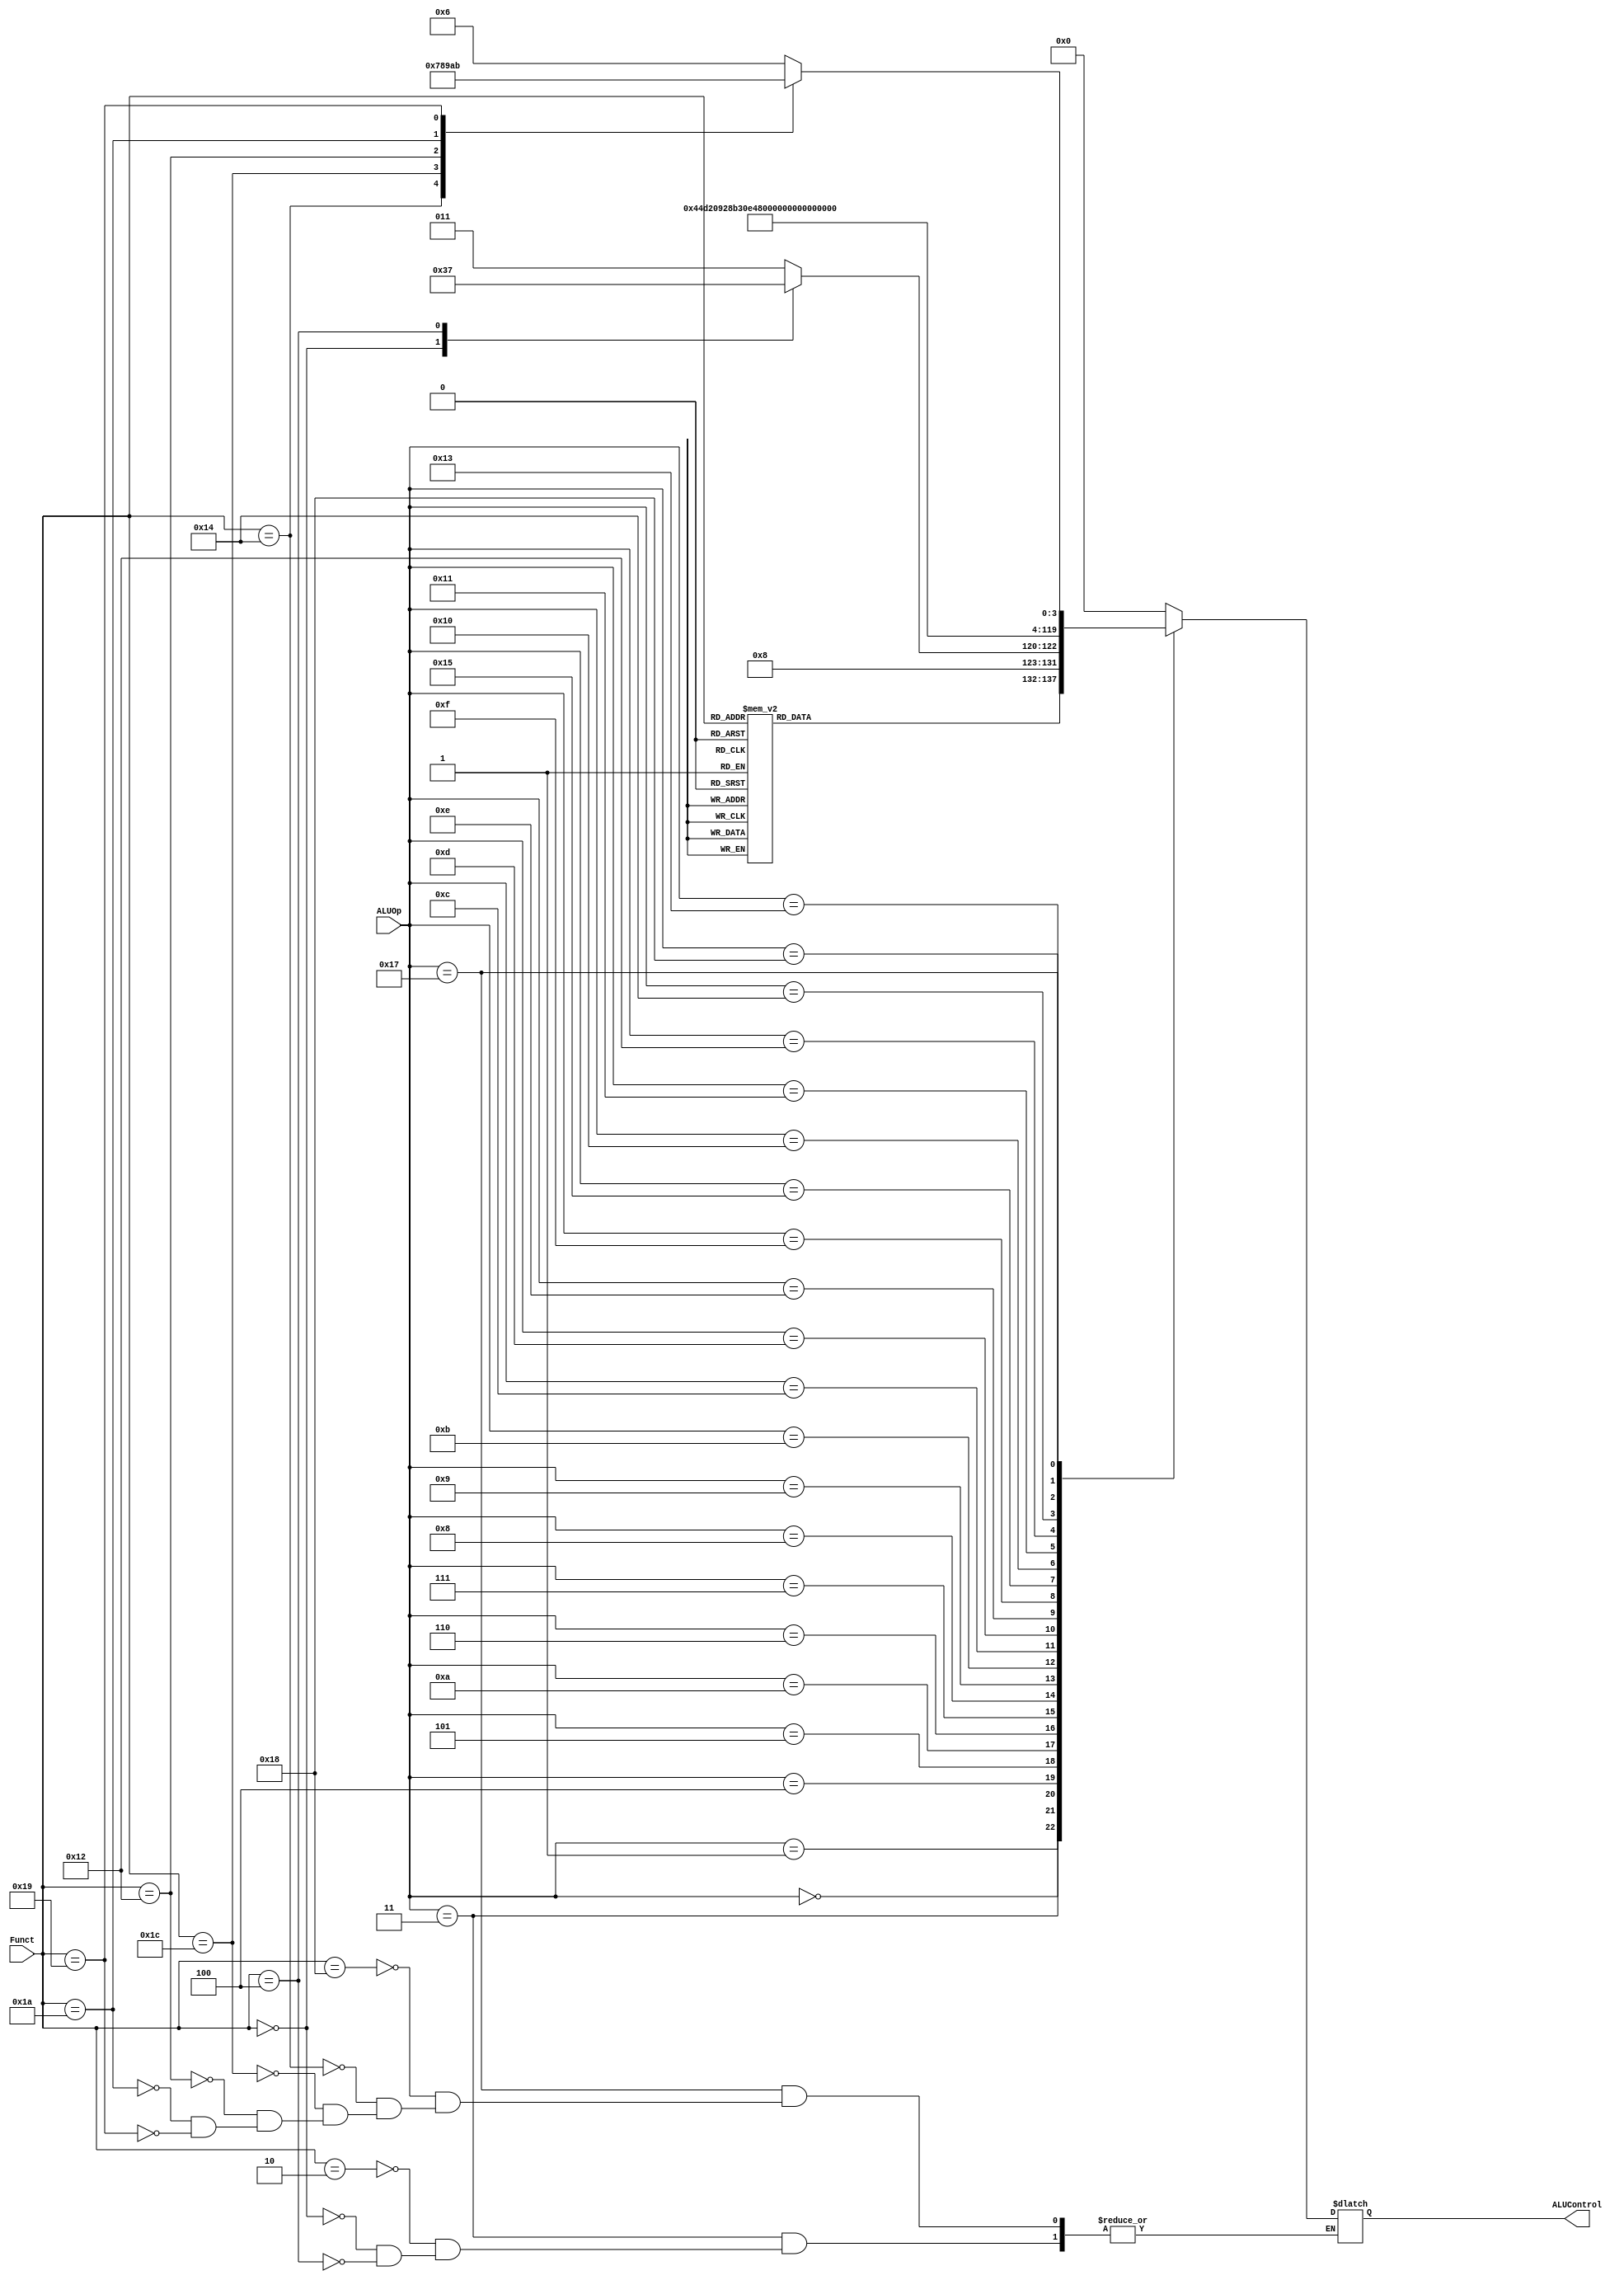
`timescale 1ns / 1ps

////////////////////////////////////////////////////////////////////////////////
// ECE369 - Computer Architecture
// 
// Group Members    : Diego Moscoso, Fausto Sanchez, Jake Summerville
// Percent Effort   : 33.3% - 33.3% - 33.3%
//
// Module           : ALUController.v
// Description      : This file analyzes the ALUOp code from the controller
//                    and sends the corresponding ALUControl code to the ALU
////////////////////////////////////////////////////////////////////////////////

module ALUController(Funct, ALUOp, ALUControl);
         
    input [5:0] ALUOp;    // ALUOp From the Controller         
    input [5:0] Funct;    // Funct code from the instruction
    
    output reg [5:0] ALUControl;    // Control signal to ALU
    
    // OpCodes From ALU
    localparam [5:0] ALUOP_ZERO    = 6'd00,  // ZERO
                     ALUOP_ADDIU   = 6'd01,  // ADDIU
                     ALUOP_ADDI    = 6'd02,  // ADDI
                     ALUOP_MUL     = 6'd03,  // MUL, MADD, MSUB
                     ALUOP_LUI     = 6'd04,  // LUI
                     ALUOP_BLTZ    = 6'd05,  // BLTZ
                     ALUOP_BEQ     = 6'd06,  // BEQ
                     ALUOP_BNE     = 6'd07,  // BNE
                     ALUOP_BGTZ    = 6'd08,  // BGTZ
                     ALUOP_BLEZ    = 6'd09,  // BLEZ
                     ALUOP_BGEZ    = 6'd10,  // BGEZ
                     ALUOP_JUMP    = 6'd11,  // J, JAL, JR
                     ALUOP_ANDI    = 6'd12,  // ANDI
                     ALUOP_ORI     = 6'd13,  // ORI
                     ALUOP_XORI    = 6'd14,  // XORI
                     ALUOP_SEB     = 6'd15,  // SEB
                     ALUOP_SLTI    = 6'd16,  // SLTI
                     ALUOP_SLTIU   = 6'd17,  // SLTIU
                     ALUOP_SRL     = 6'd18,  // SRL
                     ALUOP_ROTR    = 6'd19,  // ROTR
                     ALUOP_SRLV    = 6'd20,  // SRLV
                     ALUOP_SEH     = 6'd21,  // SEH
                     ALUOP_ROTRV   = 6'd22,  // ROTRV
                     ALUOP_EXI     = 6'd23,  // EH, IH, DH, EB, IB, ABS
                     ALUOP_LA      = 6'd24;       // LA
                     
                        
    // Func Codes from Instruction       
    localparam [5:0] FUNC_ADD       =  6'b100000,   // ADD  
                     FUNC_ADDU      =  6'b100001,   // ADDU
                     FUNC_AND       =  6'b100100,   // AND 
                     FUNC_JR        =  6'b001000,   // JR  
                     FUNC_MADD      =  6'b000000,   // MADD 
                     FUNC_MFHI      =  6'b010000,   // MFHI 
                     FUNC_MFLO      =  6'b010010,   // MFLO 
                     FUNC_MOVN      =  6'b001011,   // MOVN 
                     FUNC_MOVZ      =  6'b001010,   // MOVZ  
                     FUNC_MSUB      =  6'b000100,   // MSUB 
                     FUNC_MTHI      =  6'b010001,   // MTHI 
                     FUNC_MTLO      =  6'b010011,   // MTLO
                     FUNC_MUL       =  6'b000010,   // MUL  
                     FUNC_MULT      =  6'b011000,   // MULT 
                     FUNC_MULTU     =  6'b011001,   // MULTU
                     FUNC_NOR       =  6'b100111,   // NOR 
                     FUNC_OR        =  6'b100101,   // OR 
                     FUNC_ROTR      =  6'b000010,   // ROTR
                     FUNC_ROTRV     =  6'b000110,   // ROTRV
                     FUNC_SEB       =  6'b100000,   // SEB, SEH 
                     FUNC_SLL       =  6'b000000,   // SLL  
                     FUNC_SLLV      =  6'b000100,   // SLLV 
                     FUNC_SLT       =  6'b101010,   // SLT 
                     FUNC_SLTU      =  6'b101011,   // SLTU    
                     FUNC_SRA       =  6'b000011,   // SRA  
                     FUNC_SRAV      =  6'b000111,   // SRAV 
                     FUNC_SRL       =  6'b000010,   // SRL 
                     FUNC_SRLV      =  6'b000110,   // SRLV 
                     FUNC_SUB       =  6'b100010,   // SUB  
                     FUNC_XOR       =  6'b100110,   // XOR  
                     FUNC_EH        =  6'b011000,   // EH
                     FUNC_IH        =  6'b010100,   // IH
                     FUNC_DH        =  6'b011100,   // DH
                     FUNC_EB        =  6'b010010,   // EB
                     FUNC_IB        =  6'b011010,   // IB
                     FUNC_ABS       =  6'b011001;   // ABS
                                              
     
    // ALUControl
    localparam [5:0] ADD    = 6'd00,   // ADD, ADDI      
                     ADDU   = 6'd01,   // ADDU, ADDIU     
                     SUB    = 6'd02,   // SUB      
                     MUL    = 6'd03,   // MUL  
                     MULT   = 6'd04,   // MULT 
                     MULTU  = 6'd05,   // MULTU
                     MADD   = 6'd06,   // MADD 
                     MSUB   = 6'd07,   // MSUB 
                     BGEZ   = 6'd08,   // BGEZ 
                     BEQ    = 6'd09,   // BEQ  
                     BNE    = 6'd10,   // BNE  
                     BGTZ   = 6'd11,   // BGTZ 
                     BLEZ   = 6'd12,   // BLEZ 
                     BLTZ   = 6'd13,   // BLTZ 
                     JUMP   = 6'd14,   // J, JAL, JR
                     SRAV   = 6'd15,   // SRAV
                     ROTRV  = 6'd16,   // ROTRV 
                     LUI    = 6'd17,   // LUI  
                     AND    = 6'd18,   // AND, ANDI 
                     OR     = 6'd19,   // OR, ORI
                     NOR    = 6'd20,   // NOR
                     XOR    = 6'd21,   // XOR, XORI 
                     SEH    = 6'd22,   // SEH 
                     SLL    = 6'd23,   // SLL 
                     SRL    = 6'd24,   // SRL 
                     MOVN   = 6'd25,   // MOVN
                     MOVZ   = 6'd26,   // MOVZ
                     ROTR   = 6'd27,   // ROTR, ROTRV
                     SRA    = 6'd28,   // SRA, SRAV
                     SEB    = 6'd29,   // SEB
                     SLT    = 6'd30,   // SLT, SLTI 
                     SLTU   = 6'd31,   // SLTU, SLTIU 
                     MTHI   = 6'd32,   // MTHI
                     MTLO   = 6'd33,   // MTLO
                     MFHI   = 6'd34,   // MFHI
                     MFLO   = 6'd35,   // MFLO
                     SLLV   = 6'd36,   // SLLV
                     SRLV   = 6'd37,   // SRLV
                     EH     = 6'd38,   // EH
                     IH     = 6'd39,   // IH
                     DH     = 6'd40,   // DH
                     EB     = 6'd41,   // EB
                     IB     = 6'd42,   // IB
                     ABS    = 6'd43,   // ABS
                     LA     = 6'd44;   // LA

    initial begin
        ALUControl <= 6'b000000;
    end
    
    always @(*) begin
        
        case(ALUOp)

            ALUOP_ZERO: begin 
                case(Funct)
                    FUNC_SLL  : ALUControl <= SLL;
                    FUNC_SRA  : ALUControl <= SRA;
                    FUNC_SLLV : ALUControl <= SLLV; 
                    FUNC_SRAV : ALUControl <= SRAV;
                    FUNC_ADD  : ALUControl <= ADD;
                    FUNC_ADDU : ALUControl <= ADDU;
                    FUNC_SUB  : ALUControl <= SUB;
                    FUNC_AND  : ALUControl <= AND;
                    FUNC_OR   : ALUControl <= OR;
                    FUNC_XOR  : ALUControl <= XOR;
                    FUNC_NOR  : ALUControl <= NOR;
                    FUNC_SLT  : ALUControl <= SLT;
                    FUNC_SLTU : ALUControl <= SLTU;
                    FUNC_MOVZ : ALUControl <= MOVZ;
                    FUNC_MOVN : ALUControl <= MOVN;
                    FUNC_MULT : ALUControl <= MULT;
                    FUNC_MULTU: ALUControl <= MULTU;
                    FUNC_MTHI : ALUControl <= MTHI;
                    FUNC_MTLO : ALUControl <= MTLO;
                    FUNC_MFHI : ALUControl <= MFHI;
                    FUNC_MFLO : ALUControl <= MFLO;
                    default   : ALUControl <= 6'd0;
                endcase
            end
            
            ALUOP_ADDIU: ALUControl <= ADDU;
            ALUOP_ADDI : ALUControl <= ADD;
            
            ALUOP_MUL: begin
                case (Funct)
                    FUNC_MUL : ALUControl <= MUL;
                    FUNC_MADD: ALUControl <= MADD;
                    FUNC_MSUB: ALUControl <= MSUB;
                endcase
            end
            
            ALUOP_LUI  : ALUControl <= LUI;
            ALUOP_BLTZ : ALUControl <= BLTZ;
            ALUOP_BGEZ : ALUControl <= BGEZ;
            ALUOP_BEQ  : ALUControl <= BEQ;
            ALUOP_BNE  : ALUControl <= BNE;
            ALUOP_BGTZ : ALUControl <= BGTZ;
            ALUOP_BLEZ : ALUControl <= BLEZ;
            ALUOP_JUMP : ALUControl <= JUMP;           
            ALUOP_ANDI : ALUControl <= AND;
            ALUOP_ORI  : ALUControl <= OR;
            ALUOP_XORI : ALUControl <= XOR;                    
            ALUOP_SEB  : ALUControl <= SEB;
            ALUOP_SEH  : ALUControl <= SEH;
            ALUOP_SLTI : ALUControl <= SLT;
            ALUOP_SLTIU: ALUControl <= SLTU;
            ALUOP_SRL  : ALUControl <= SRL;
            ALUOP_SRLV : ALUControl <= SRLV;
            ALUOP_ROTR : ALUControl <= ROTR;
            
            ALUOP_LA   : ALUControl <= LA;
            
            ALUOP_EXI  : begin
                case (Funct) 
                    FUNC_EH  : ALUControl <= EH;
                    FUNC_IH  : ALUControl <= IH;
                    FUNC_DH  : ALUControl <= DH;
                    FUNC_EB  : ALUControl <= EB;
                    FUNC_IB  : ALUControl <= IB;
                    FUNC_ABS : ALUControl <= ABS;
                endcase
            end
            
            default    : ALUControl <= 6'd0;
            
        endcase
    end
endmodule